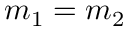
m _ { 1 } = m _ { 2 }